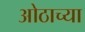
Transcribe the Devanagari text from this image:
ओठाच्या